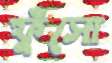
ফুঁসো